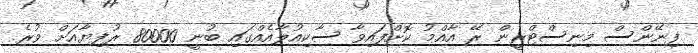
ފިނޭންސް މިނިސްޓްރީން ރޭ އާއްމު ކޮށްފައިވާ ސާކިއުލާއެއްގައި ބުނީ 80000 ރުފިޔާއަށް ވުރެ